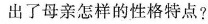
出了母亲怎样的性格特点?